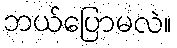
ဘယ်ပြောမလဲ။